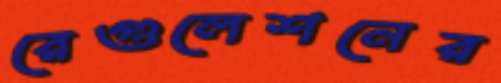
রেগুলেশনের